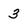
Character: 3